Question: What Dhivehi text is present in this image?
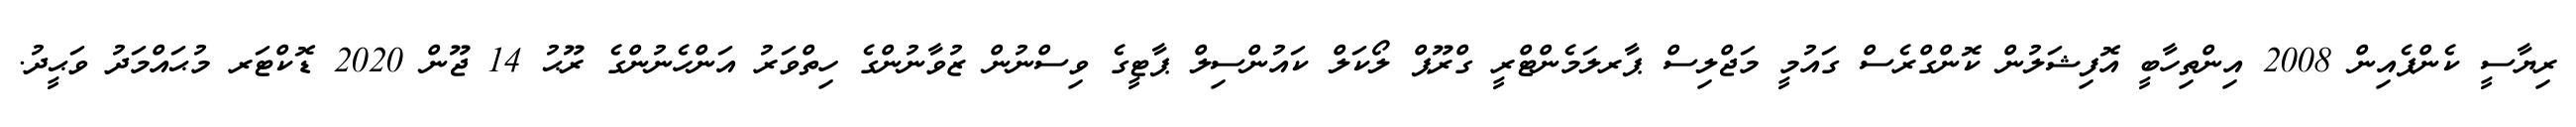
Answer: ރިޔާސީ ކެންޕެއިން 2008 އިންތިހާބީ އޮފިޝަލުން ކޮންގްރެސް ގައުމީ މަޖްލިސް ޕާރލަމެންޓްރީ ގްރޫޕް ލޯކަލް ކައުންސިލް ޕާޓީގެ ވިސްނުން ޒުވާނުންގެ ހިތްވަރު އަންހެނުންގެ ރޫޙު 14 ޖޫން 2020 ޑޮކްޓަރ މުޙައްމަދު ވަޙީދު.